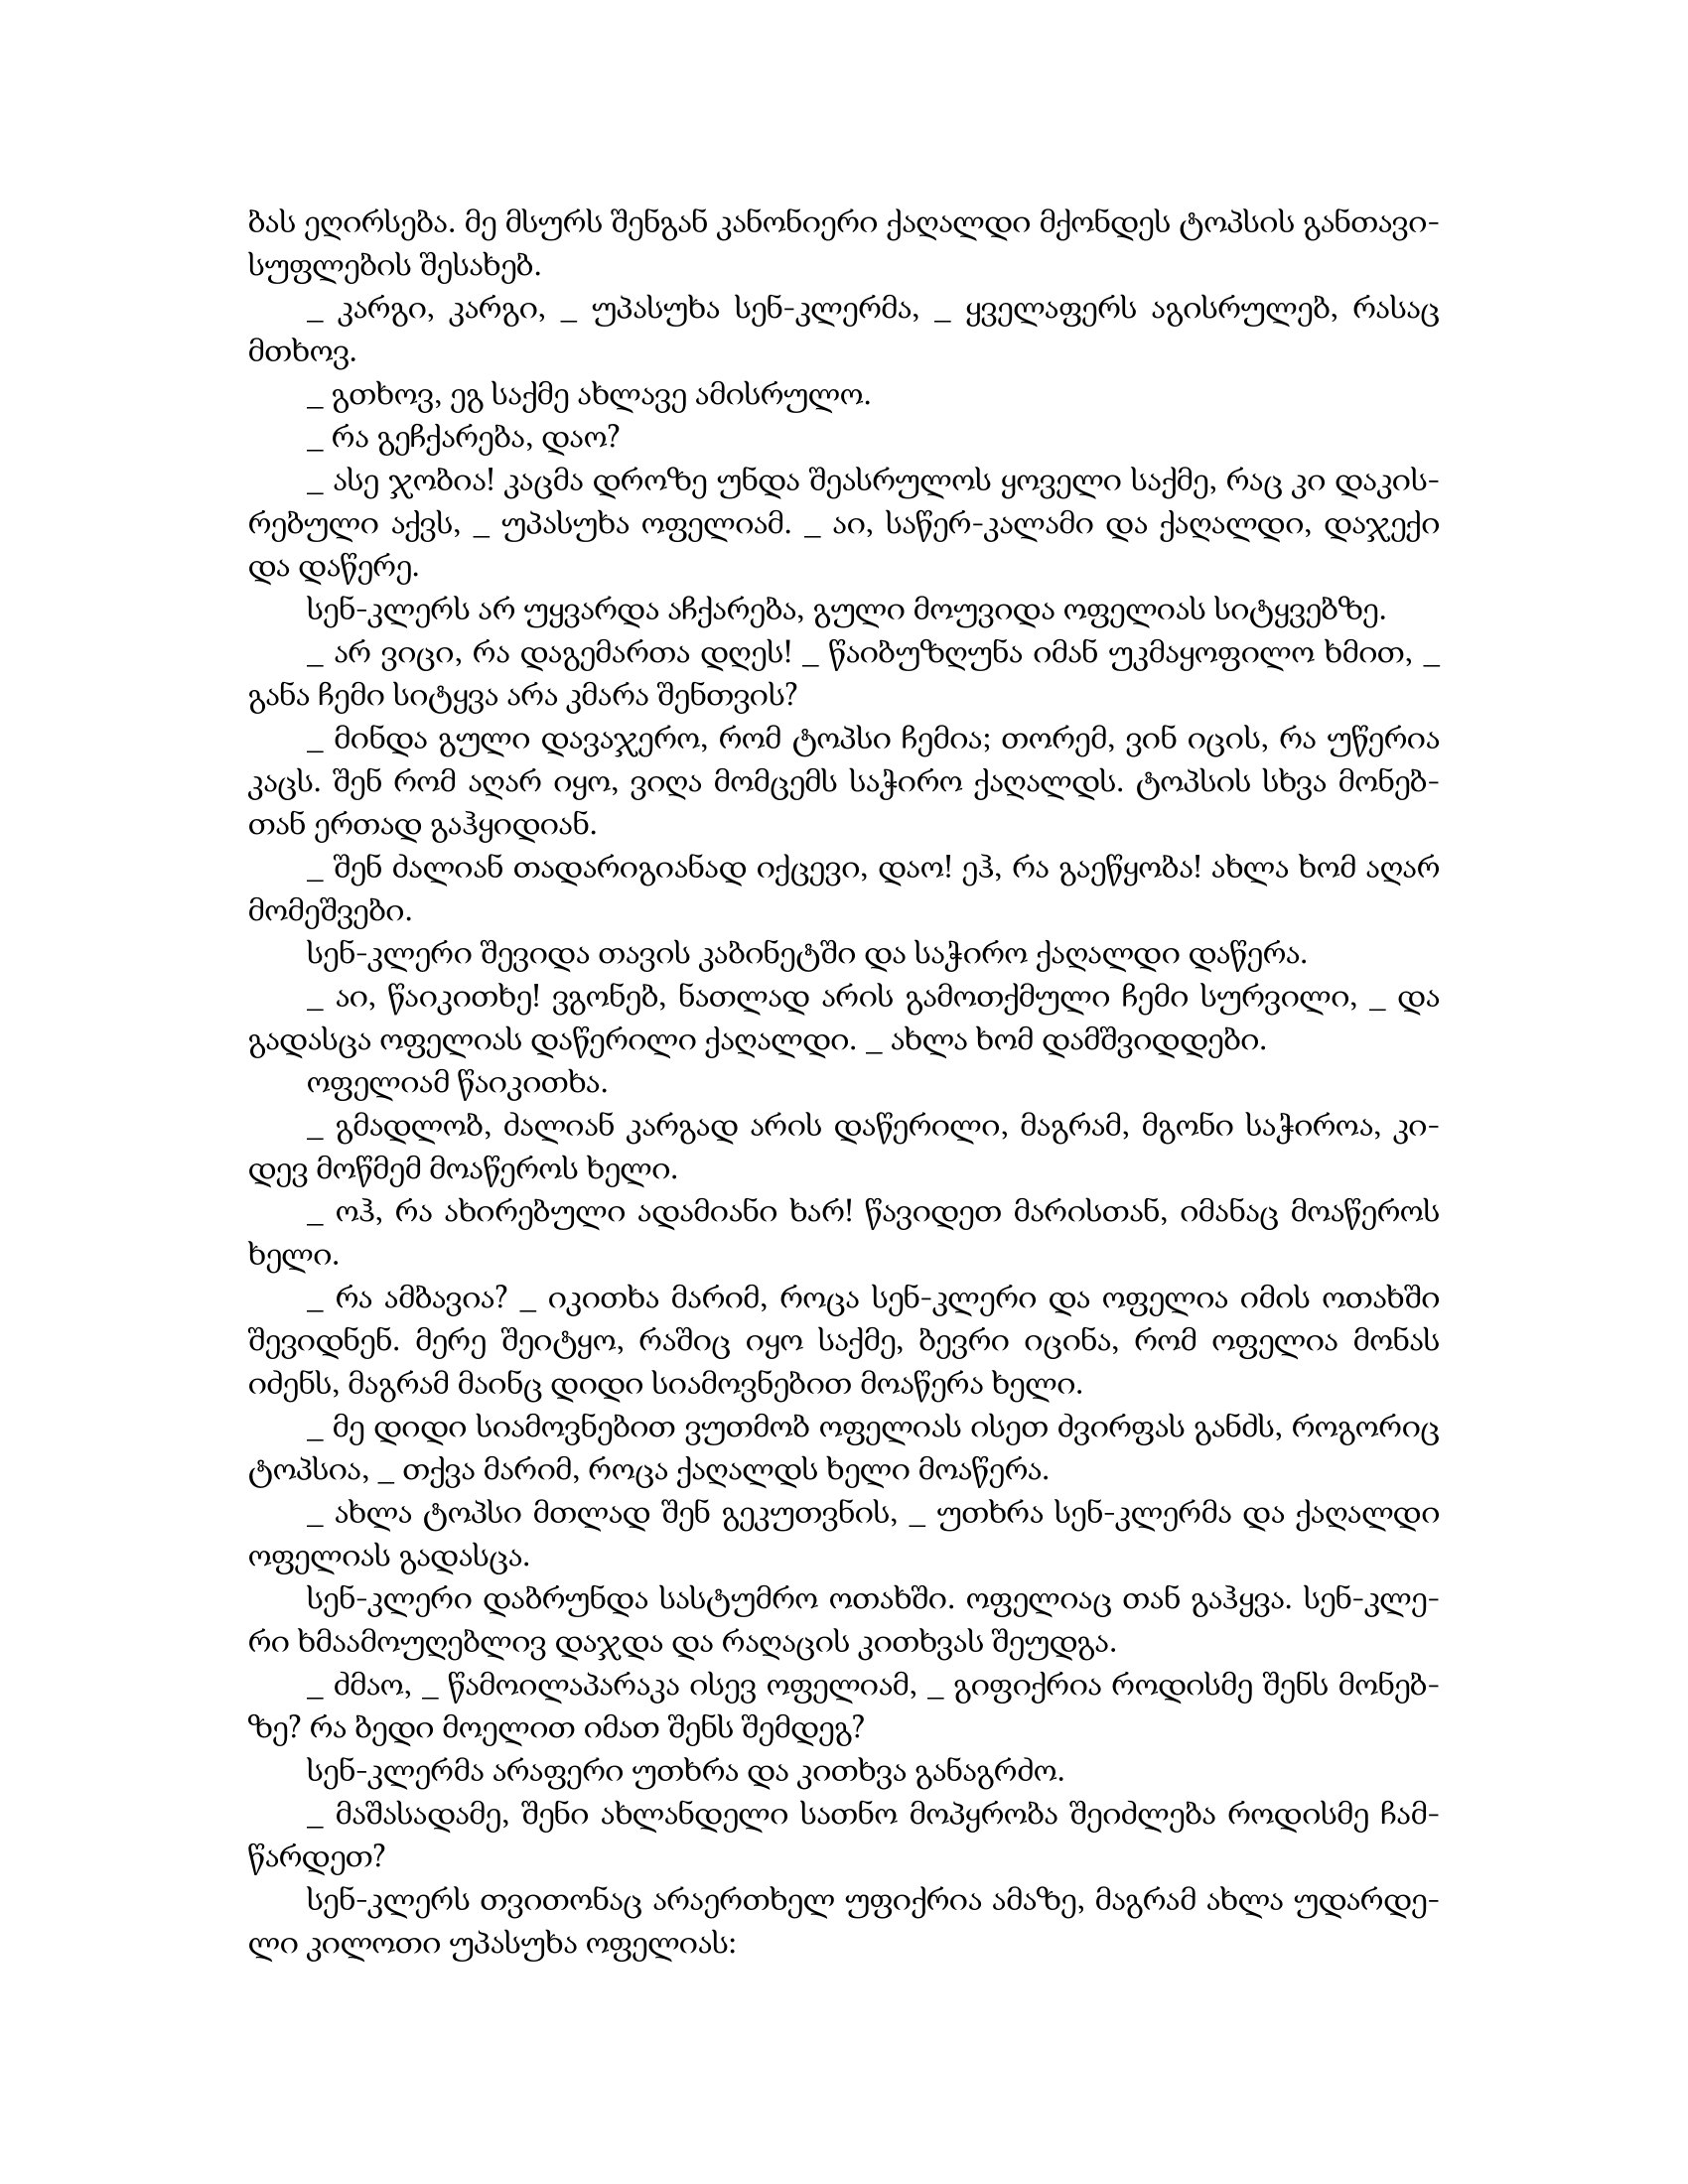
Language: gr